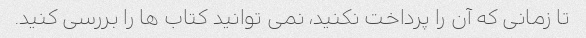
تا زمانی که آن را پرداخت نکنید، نمی توانید کتاب ها را بررسی کنید.